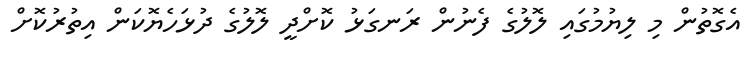
އެގޮތުން މި ލިޔުމުގައި ލޮލުގެ ފެނުން ރަނގަޅު ކޮށްދީ ލޮލުގެ ދުޅަހެޔޮކަން އިތުރުކޮށް